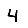
Digit: 4